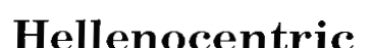
Hellenocentric